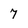
Character: 7